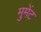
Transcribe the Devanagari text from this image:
मुमेंट